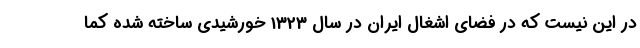
در این نیست که در فضای اشغال ایران در سال 1323 خورشیدی ساخته شده کما